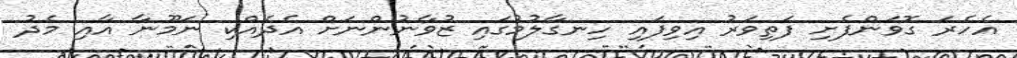
އެހެރަ ގޮވަންފެށި ފަތިވަރު އިވިފައި ހިނގާލުމުގައި ޒުވާނުންނަށް އެދެއްކި ނަމޫނާ އާއި މެދު